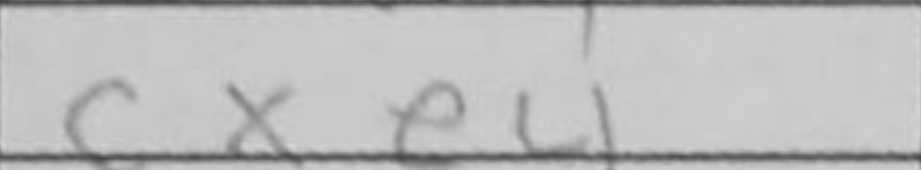
Transcription: cxe4